Medical and sanitary report of the native army of Bengal for the year
Year: 1878
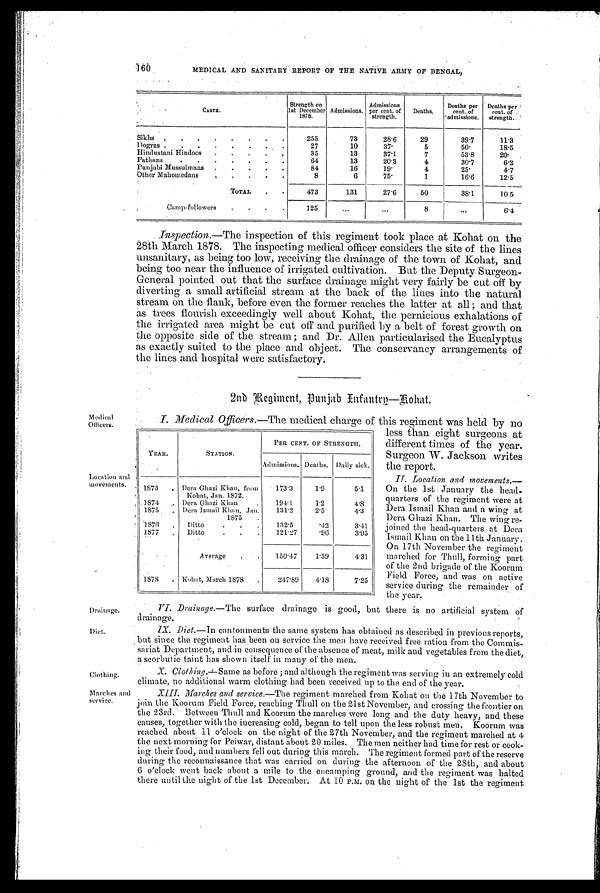
YEAR.
STATION.
PER CENT. OF STRENGTH.
Admissions. Deaths. Daily sick.
1873
. Dera Ghazi Khan, from
Kohat, Jan. 1872.
173.3
1.9
5.1
1874
. Dera Ghazi Khan
.
194.1
1.2
4.8
1875
. Dera Ismail Khan,Jan.
1875
.
131.2
2.5
4.3
1879
.
Ditto
.
.
.
132.5
.42
3.41
1877
.
Ditto
.
. .
121.27
.96
3.95
Average
.
.
150.47
1.39
4.31
1878
. Kohat, March 1878
.
217.89
4.18
7.25
160
MEDICAL AND SANITARY REPORT OF THE NATIVE ARMY OF BENGAL,
CASTE.
.
Strength on
1st December
1878.
Admissions.
Admissions
per cent. of
strength.
Deaths.
Deaths per
cent. of
admissions.
Deaths per
cent. of
strength.
Sikhs .
.
.
.
. . . .
255
73
28.6
29
39.7
11.3
Dogras . . . . . . . .
27
10
37.
5
50.
18.5
Hindustani Hindoos
.
.
.
.
.
35
13
37.1
7
53.8
20.
Pathans
.
.
.
.
.
.
.
64
13
20.3
4
30.7
6.2
Punjabi Mussulmans .
.
.
.
.
84
16
19.
4
25.
4.7
Other Mahomedans
. . . . .
8
6
75.
1
16.6
12.5
TOTAL
.
.
473
131
27.6
50
38.1
10 5
Camp-followers
. . . .
125
...
...
8
. . .
6.4
Inspection.— T h e i n s p e c t i o n o f t h i s r e g i m e n t t o o k p l a c e a t K o h a t o n t h e
28th March 1878. The inspecting medical officer considers the site of the lines
unsanitary, as being too low, receiving the drainage of the town of Kohat, and
being too near the influence of irrigated cultivation. But the Deputy Surgeon-
General pointed out that the surface drainage might very fairly be cut off by
diverting a small artificial stream at the back of the lines into the natural
stream on the flank, before even the former reaches the latter at all; and that
as trees flourish exceedingly well about Kohat, the pernicious exhalations of
the irrigated area might be cut off and purified by a belt of forest growth on
the opposite side of the stream ; and Dr. Allen particularised the Eucalyptus
as exactly suited to the place and object. The conservancy arrangements of
the lines and hospital were satisfactory.
2nd Regiment, Punjab Infantry—Kohat.
M e d i e a l
Officers.
I. Medical Officers. —The medical charge of this regiment was held by no
less than eight surgeons at
different times of the year.
Surgeon W. Jackson writes
the report.
Location and
Movements.
II. Location and movements
. —
On the 1st January the head-
quarters of the regiment were at
Dera Ismail Khan and a wing at
Dera Ghazi Khan. The wing re-
joined the head-quarters at Dera
Ismail Khan on the 11th January.
On 17th November the regiment
marched for Thull, forming part
of the 2nd brigade of the Koorum
Field. Force, and was on active
service during the remainder of
the year.
Drainage.
V I . D r a i n a g e .
— T h e s u r f a c e d r a i n a g e i s g o o d , b u t t h e r e i s n o a r t i f i c i a l s y s t e m o f
drainage.
Diet.
I X . D i e t .
—In cantonments the same system has obtained as described in previous reports,
but since the regiment has been on service the men have received free ration from the Commis-
sariat Department, and in consequence of the absence of meat, milk and vegetables from the diet,
a s c o r b u t i c t a i n t h a s s h o w n i t s e l f i n m a n y o f t h e m e n .
Clothing.
X . C l o t h i n g .
— S a m e a s b e f o r e ; a n d a l t h o u g h t h e r e g i m e n t w a s s e r v i n g i n a n e x t r e m e l y c o l d
climate, no additional warm clothing had been received up to the end of the year.
Marches and
service.
XIII. Marches and service. —The regiment marched from Kohat on the 17th November to
join the Koorum Field Force, reaching Thull on the 21st November, and crossing the frontier on
the 23rd. Between Thull and Koorum the marches were long and the duty heavy, and these
causes, together with the increasing cold, began to tell upon the less robust men. Koorum was
reached about 11 o'clock on the night of the 27th November, and the regiment marched at 4
the next morning for Peiwar, distant about 20 miles. The men neither had time for rest or cook-
ing their food, and numbers fell out during this march. The regiment formed part of the reserve
during the reconnaissance that was carried on during the afternoon of the 28th, and about
6 o'clock went back about a mile to the encamping ground, and the regiment was halted
there until the night of the 1st December. At 10 P.M. on the night of the 1st the regiment